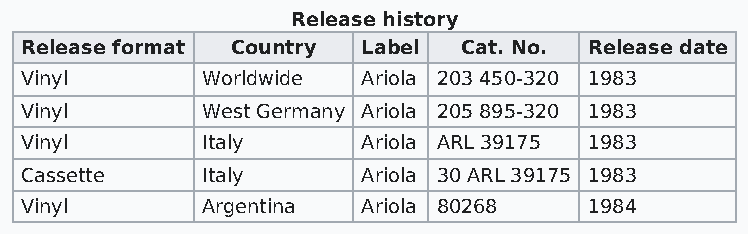
Release history
 Release format Country Label Cat. No. Release date
 Vinyl       Worldwide  Ariola 203 450-320 1983
 Vinyl       West Germany Ariola 205 895-320 1983
 Vinyl       Italy      Ariola ARL 39175 1983
 Cassette    Italy      Ariola 30 ARL 39175 1983
 Vinyl       Argentina  Ariola 80268   1984